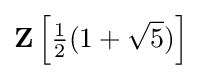
\mathbf {Z} \left[{\tfrac {1}{2}}(1+{\sqrt {5}})\right]